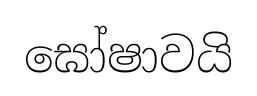
ඝෝෂාවයි